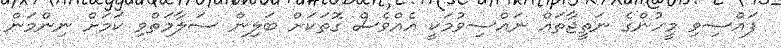
ފައްސިވި މީހުންގެ ނަތީޖާތައް ނައްސިވުމަކީ އެއްވެސް ގޮތަކަށް ބަލިން ސަލާމަތްވި ކަމަށް ނިންމަން